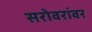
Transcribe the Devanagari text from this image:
सरोवरांवर